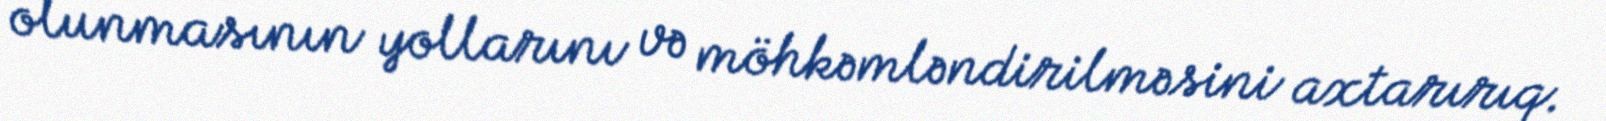
olunmasının yollarını və möhkəmləndirilməsini axtarırıq.